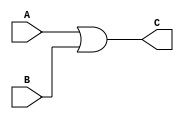
/**************************************************************************************
*	Description
*		This is an OR gate that can be parameterized in it's bit-width.
*		1.0
*	Author:
*		Ing. Flix Godoy Martnez
*	Date:
*		24/07/20
***************************************************************************************/

module Or_Gate
#(
	parameter N_BITS = 8
)
(
	// Input Ports 
	input [N_BITS-1 : 0] A,
	input [N_BITS-1 : 0] B,
	
	// Output Ports
	output [N_BITS-1 : 0] C

);

assign C = A | B;


endmodule